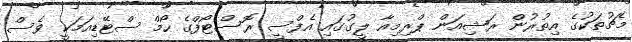
މެޗުތަކުގެ އިތުރުން ރަޝިއަން ޕްރިމިއާ ލީގުގައި އެފްސީ ރޮސްޓޯފްގެ ހޯމް ސްޓޭޑިއަމަކީ ވެސް